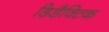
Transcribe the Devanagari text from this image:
डिडैक्टिक